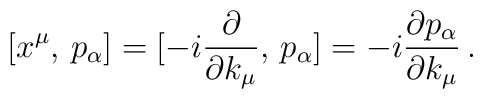
[x^{\mu}, \, p_{\alpha}] = [-i \frac{\partial}{\partial k_{\mu}}, \, p_{\alpha}] = -i \frac{\partial p_{\alpha}}{\partial k_{\mu}} \, .